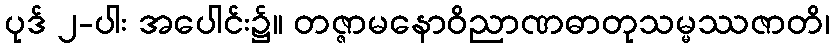
ပုဒ် ၂-ပါး အပေါင်း၌။ တဇ္ဇာမနောဝိညာဏဓာတုသမ္မဿဇာတိ၊